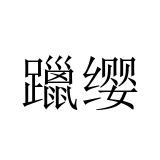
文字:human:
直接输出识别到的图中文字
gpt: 躐缨